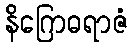
နိဂြောဓရာဇံ